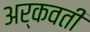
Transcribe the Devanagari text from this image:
अर्कवती